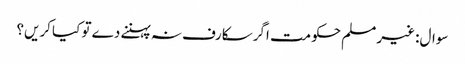
سوال: غیر مسلم حکومت اگر سکارف نہ پہننے دے تو کیا کریں؟